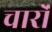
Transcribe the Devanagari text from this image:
चारोंं